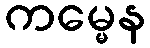
ကမ္မေန